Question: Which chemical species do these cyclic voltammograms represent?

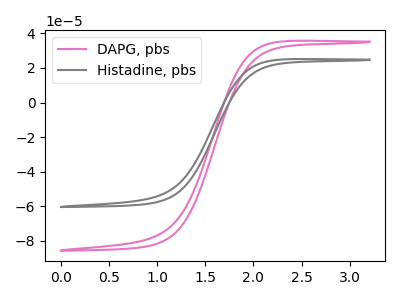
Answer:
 <answer>The pink curve is labeled "DAPG, pbs". The gray curve is labeled "Histadine, pbs".</answer>
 <eval></eval>